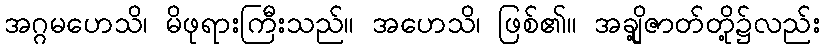
အဂ္ဂမဟေသိ၊ မိဖုရားကြီးသည်။ အဟေသိ၊ ဖြစ်၏။ အချို့ဇာတ်တို့၌လည်း